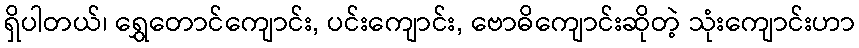
ရှိပါတယ်၊ ရွှေတောင်ကျောင်း, ပင်းကျောင်း, ဗောဓိကျောင်းဆိုတဲ့ သုံးကျောင်းဟာ